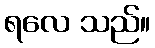
ရလေ သည်။